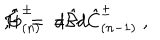
\hat { \mathcal { H } } \; = \; d \hat { \mathcal { B } } \hspace { . 3 c m } , \hspace { . 3 c m } \hat { G } _ { ( n ) } ^ { \pm } \; = \; d \hat { C } _ { ( n - 1 ) } ^ { \pm } \; ,